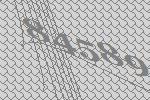
84589